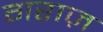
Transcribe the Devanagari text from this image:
गराज़